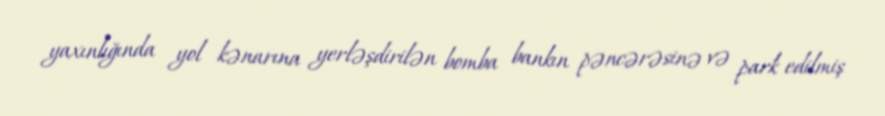
yaxınlığında yol kənarına yerləşdirilən bomba bankın pəncərəsinə və park edilmiş